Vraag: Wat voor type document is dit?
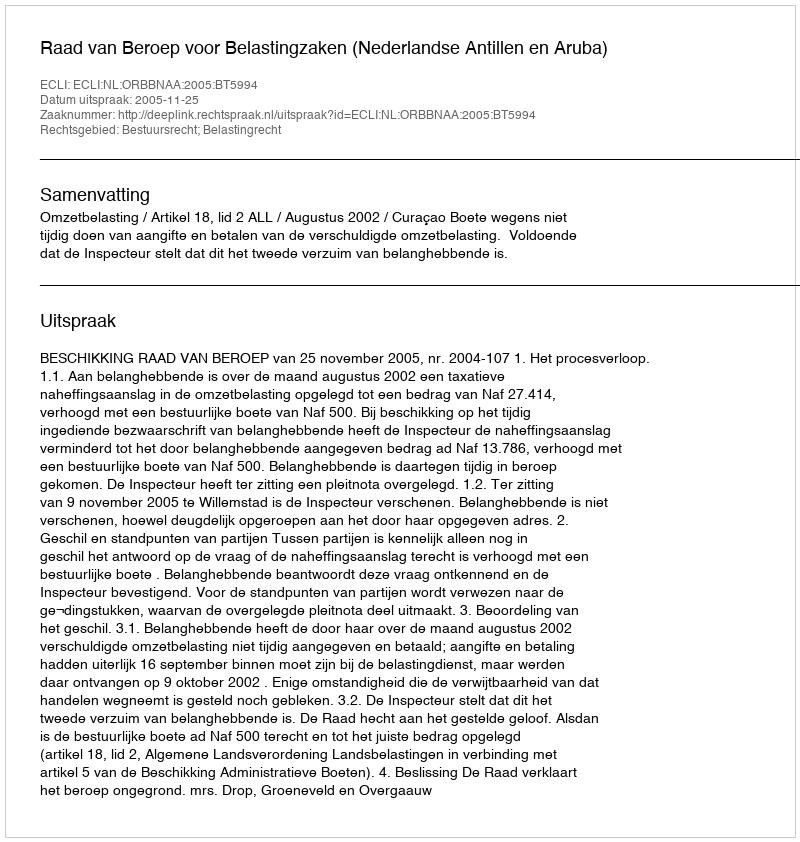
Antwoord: Uitspraak